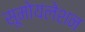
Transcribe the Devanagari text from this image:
सूमोयलेशन